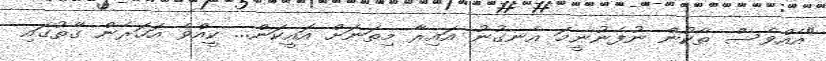
"އެއްވެސް ތާކުން ނުފެނުނީމަ އެނގުނު އައިރާ މިތަނަށް އައީކަން... ކީއްވެ އަހަރެން ގާތުގައި